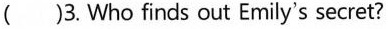
()3. Who finds out Emily's secret?